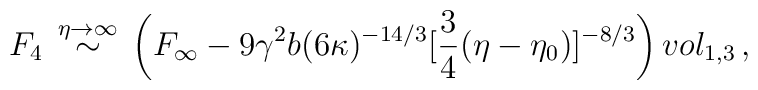
F_{4}\, \stackrel{\eta \rightarrow \infty }{\sim }\, \left( F_{\infty }-9\gamma ^{2}b(6\kappa )^{-14/3}[\frac{3}{4}(\eta -\eta _{0})]^{-8/3}\right) vol_{1,3}\, ,